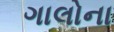
ગાલોના